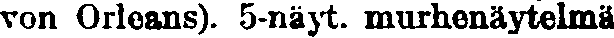
von Orleans). 5-näyt. murhenäytelmä